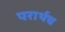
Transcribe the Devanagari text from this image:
परार्थच